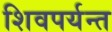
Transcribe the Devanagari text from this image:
शिवपर्यन्त